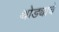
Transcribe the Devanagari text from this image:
थोड्याचे